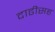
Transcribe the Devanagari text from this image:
दाढीसह